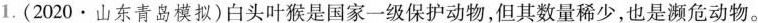
1.(2020·山东青岛模拟)白头叶猴是国家一级保护动物，但其数量稀少，也是濒危动物。